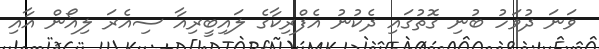
ވަނަ ދުވަހު ބުނި ގޮތުގައި ދެކުނު އެފްރިކާގެ ލައިބީރިއާ ސިއެރަ ލިއޯން އާއި